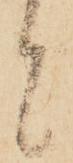
と